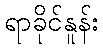
ရာခိုင်နူန်း